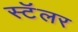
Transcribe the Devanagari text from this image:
स्टॅलर